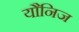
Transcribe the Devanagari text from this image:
यौनिज